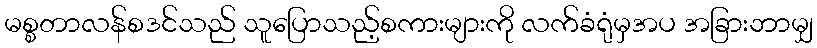
မစ္စတာလန်စဒင်သည် သူပြောသည့်စကားများကို လက်ခံရုံမှအပ အခြားဘာမျှ